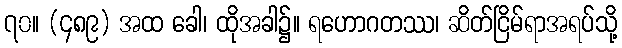
၇၀။ (၄၈၉) အထ ခေါ၊ ထိုအခါ၌။ ရဟောဂတဿ၊ ဆိတ်ငြိမ်ရာအရပ်သို့